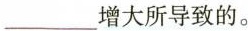
___增大所导致的。